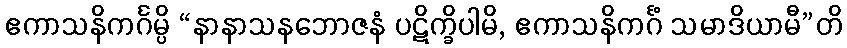
ဧကာသနိကင်္ဂမ္ပိ “နာနာသနဘောဇနံ ပဋိက္ခိပါမိ, ဧကာသနိကင်္ဂံ သမာဒိယာမီ”တိ